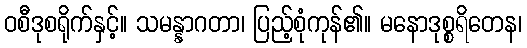
ဝစီဒုစရိုက်နှင့်။ သမန္နာဂတာ၊ ပြည့်စုံကုန်၏။ မနောဒုစ္စရိတေန၊